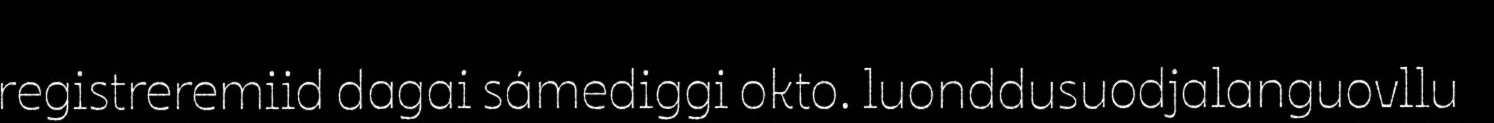
registreremiid dagai sámediggi okto. luonddusuodjalanguovllu